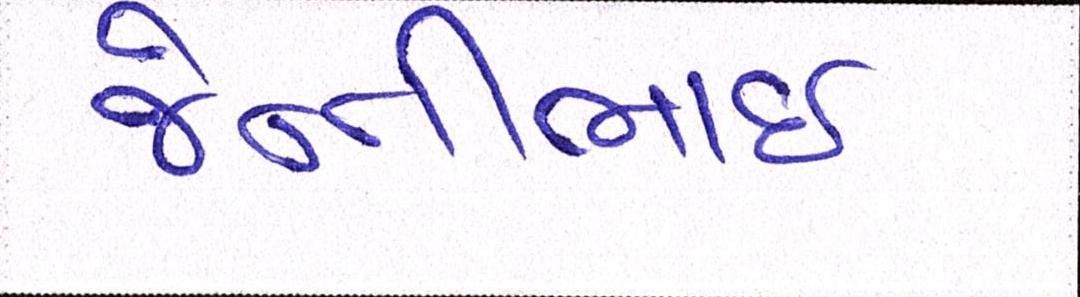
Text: જેન્તીભાઈ